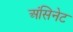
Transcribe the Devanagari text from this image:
अंसिनेट